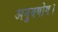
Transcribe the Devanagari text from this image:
अनुबयोग।